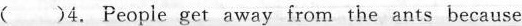
( )4. People get away from the ants because